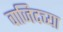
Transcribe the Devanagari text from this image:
वाजिदच्या